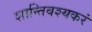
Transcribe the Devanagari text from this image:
शान्तिवश्यकरं